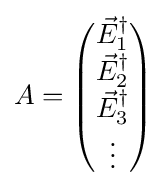
A={\begin{pmatrix}{\vec {E}}_{1}^{\dagger }\\{\vec {E}}_{2}^{\dagger }\\{\vec {E}}_{3}^{\dagger }\\\vdots \end{pmatrix}}